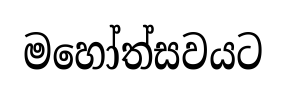
මහෝත්සවයට